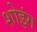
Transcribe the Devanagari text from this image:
शोइंग